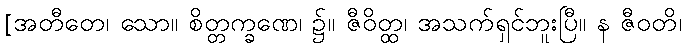
[အတီတေ၊ သော။ စိတ္တက္ခဏေ၊ ၌။ ဇီဝိတ္ထ၊ အသက်ရှင်ဘူးပြီ။ န ဇီဝတိ၊